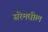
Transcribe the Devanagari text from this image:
सरेमधील